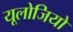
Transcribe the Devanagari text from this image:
यूलोजियो